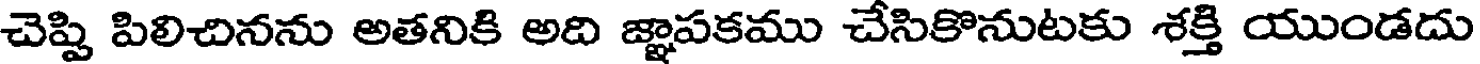
చెప్పి పిలిచినను అతనికి అది జ్ఞాపకము చేసికొనుటకు శక్తి యుండదు